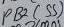
Text: PB2